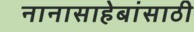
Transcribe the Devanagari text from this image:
नानासाहेबांसाठी